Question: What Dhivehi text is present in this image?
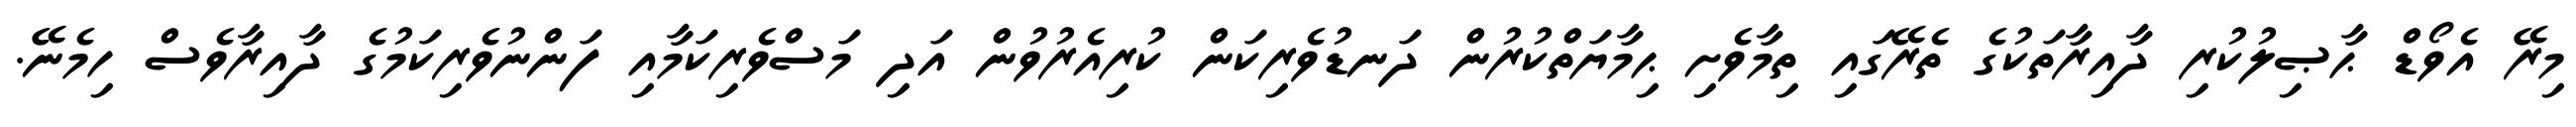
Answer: މިރޭ އެވޯޑް ޙާޞިލުކުރި ދާއިރާތަކުގެ ތެރޭގައި ތިމާވެށި ޙިމާޔަތްކުރުން ދަނޑުވެރިކަން ކުރިއެރުވުން އަދި މަސްވެރިކަމާއި ފަންނުވެރިކަމުގެ ދާއިރާވެސް ހިމެނޭ.